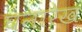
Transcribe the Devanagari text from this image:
घनारेख